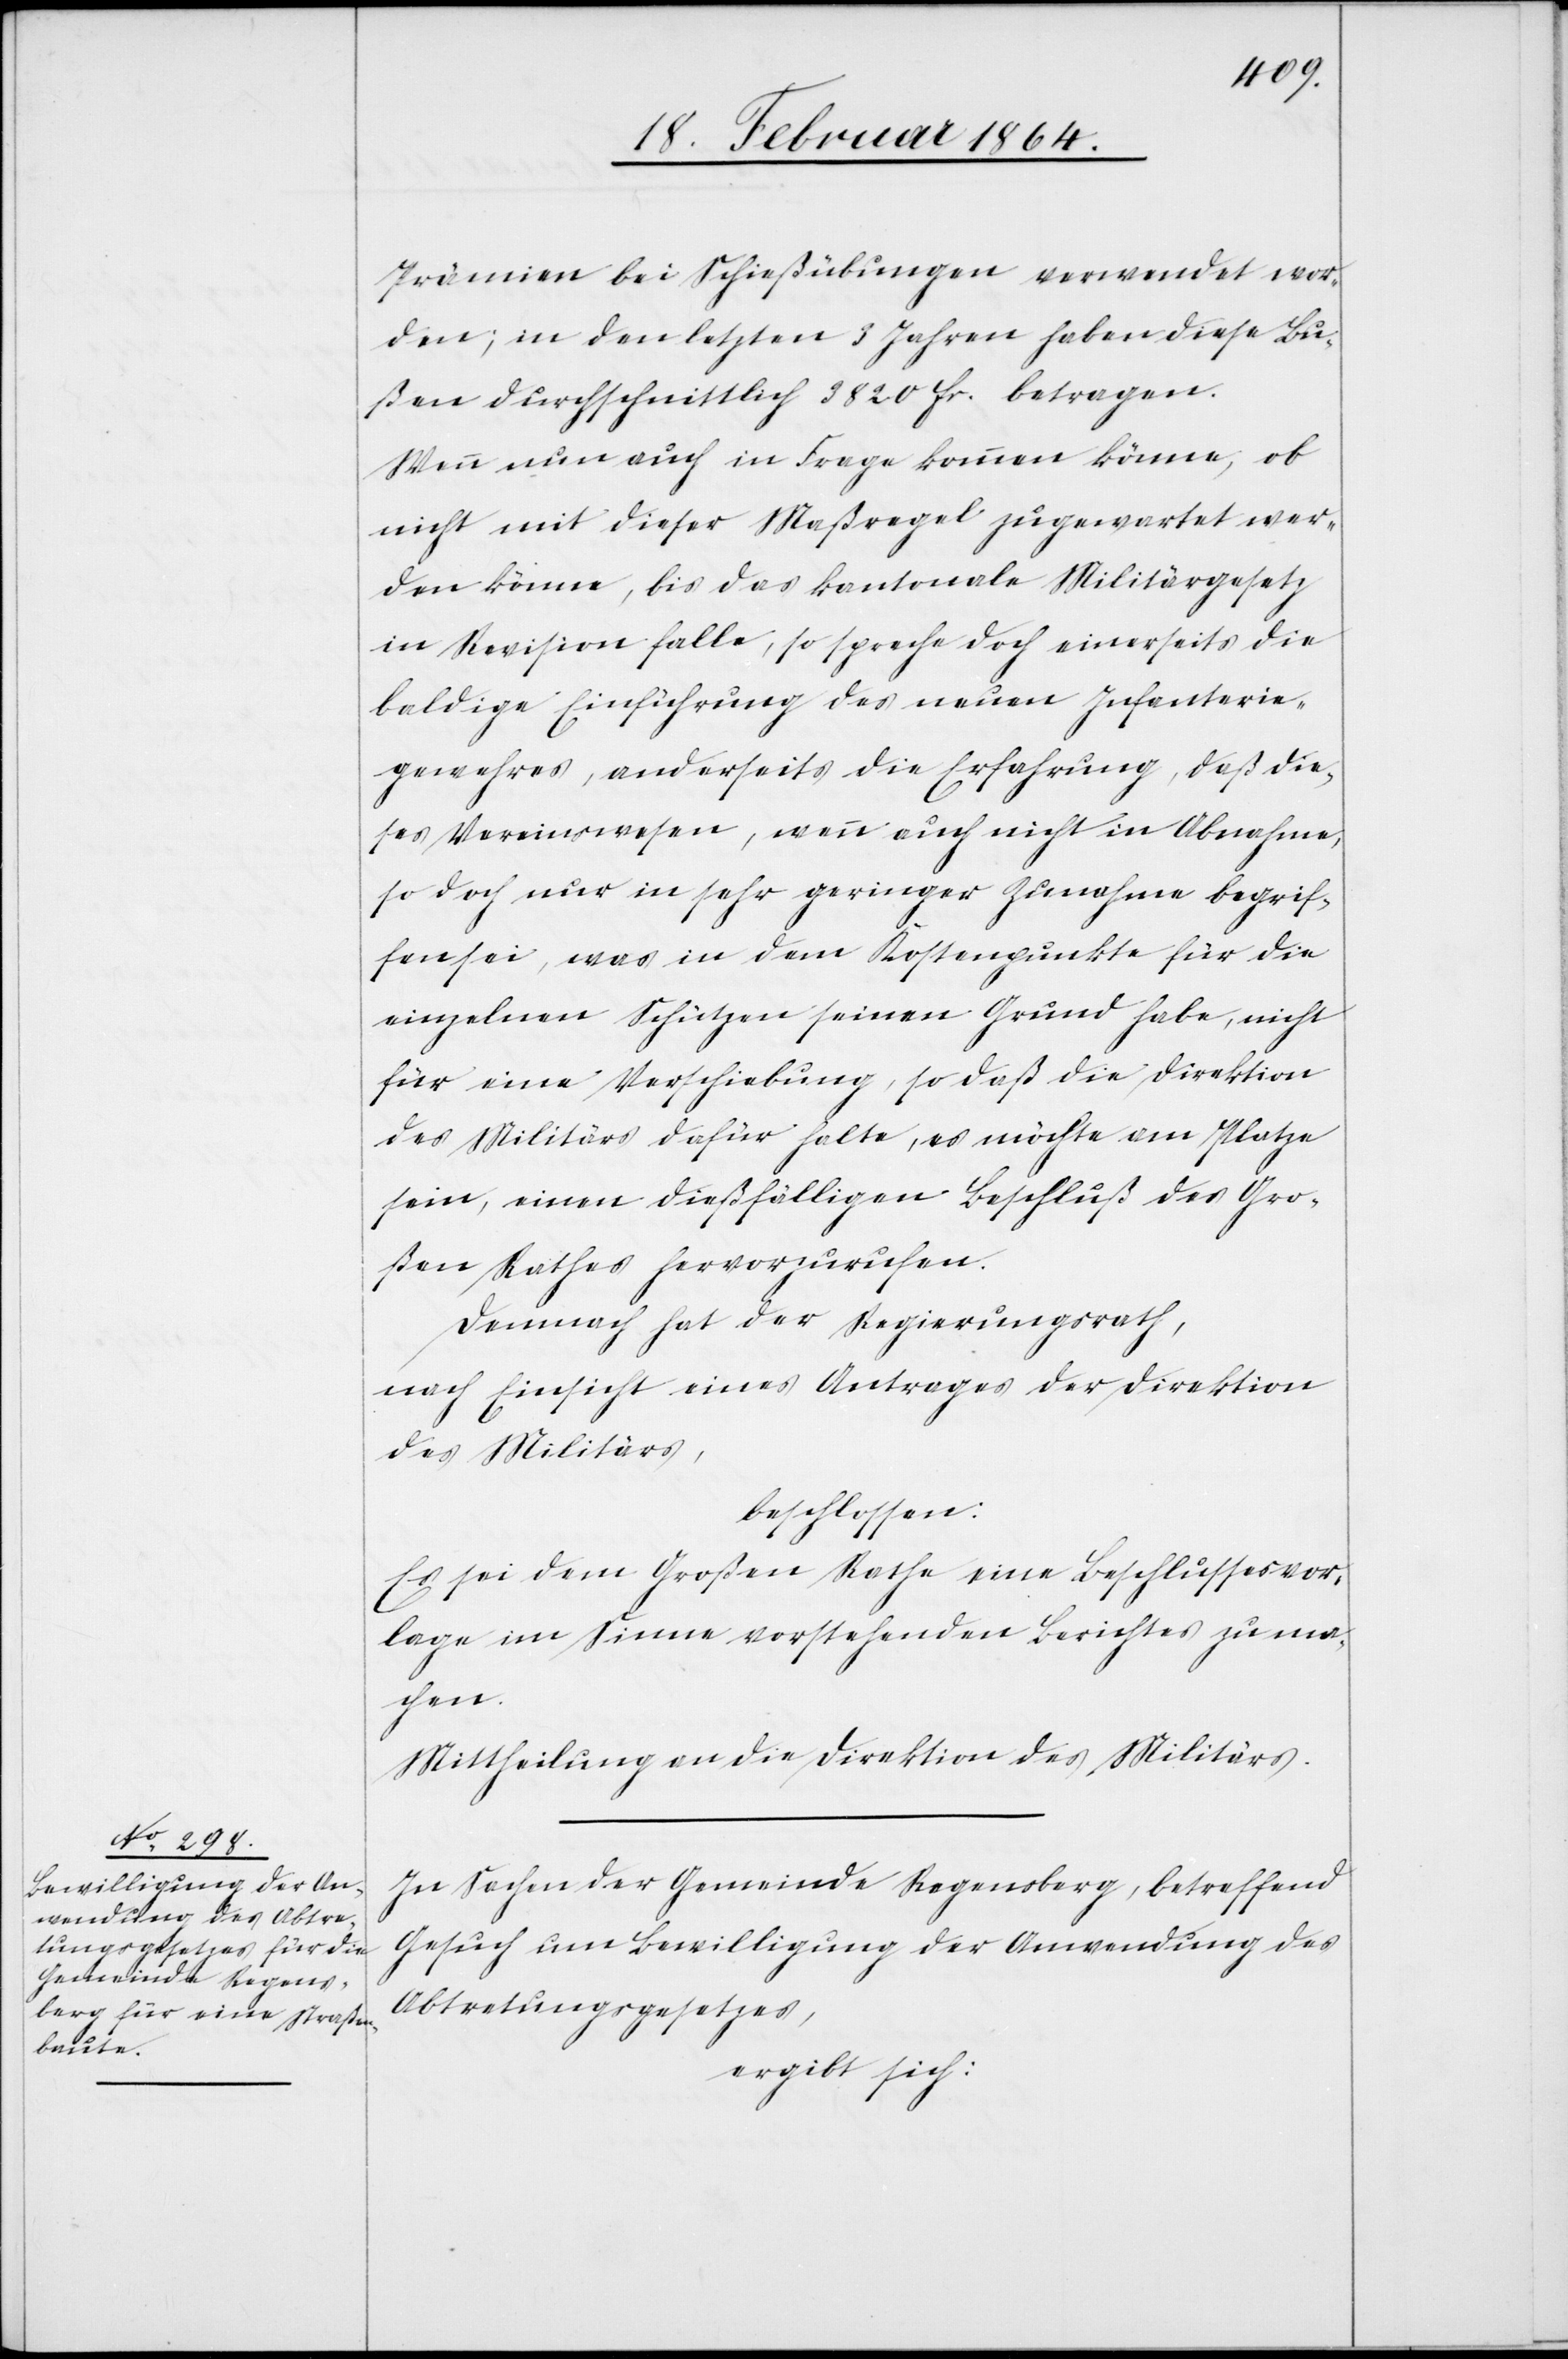
Prämien bei Schießübungen verwendet wer¬
den; in den letzten 3 Jahren haben diese Bu¬
ßen durchschnittlich 3820 fr. betragen.
Wenn nun auch in Frage kommen könne, ob
nicht mit dieser Maßregel zugewartet wer¬
den könne, bis das kantonale Militärgesetz
in Revision falle, so spreche doch einerseits die
baldige Einführung des neuen Infanterie¬
gewehres, andererseits die Erfahrung, daß die¬
ses Vereinswesen, wenn auch nicht in Abnahme,
so doch nur in sehr geringer Zunahme begrif¬
fen sei, was in dem Kostenpunkte für die
einzelnen Schützen seinen Grund habe, nicht
für eine Verschiebung, so daß die Direktion
des Militärs dafür halte, es möchte am Platze
sein, einen dießfälligen Beschluß des Gro¬
ßen Rathes hervorzurufen.
Demnach hat der Regierungsrath,
nach Einsicht eines Antrages der Direktion
des Militärs,
beschlossen:
Es sei dem Großen Rathe eine Beschlussesvor¬
lage im Sinne vorstehenden Berichtes zu ma¬
chen.
Mittheilung an die Direktion des Militärs
In Sachen der Gemeinde Regensberg, betreffend
Gesuch um Bewilligung der Anwendung des
Abtretungsgesetzes,
ergibt sich: